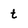
Character: t